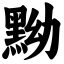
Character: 黝